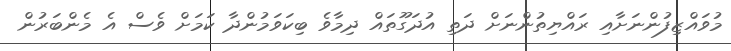
މުވައްޒިފުންނަށާއި ރައްޔިތުންނަށް ދަތި އުދަގޫތައް ދިމާވެ ބިކަވަމުންދާ ކަމަށް ވެސް އެ މެންބަރުން